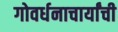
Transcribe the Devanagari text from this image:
गोवर्धनाचार्यांची